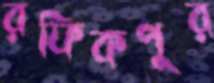
রফিকপুর